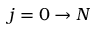
j = 0 \to N